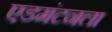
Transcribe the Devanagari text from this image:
एडमंटनला